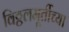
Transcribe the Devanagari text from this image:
विठ्ठलमूर्तीच्या